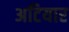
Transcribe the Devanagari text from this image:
अटियार